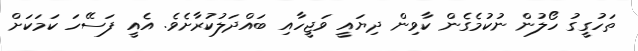
ތަހުގީގު ހޯލުން ނުކުމެގެން ކާވިން ދިޔައީ ވަޖީހާއި ބައްދަލުކުރާށެވެ. އެއީ ފަސޭހަ ކަމަކަށް